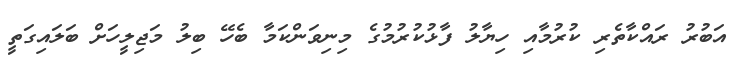
އަބުރު ރައްކާތެރި ކުރުމާއި ހިޔާލު ފާޅުކުރުމުގެ މިނިވަންކަމާ ބެހޭ ބިލު މަޖިލީހަށް ބަލައިގަތީ